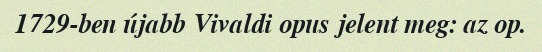
1729-ben újabb Vivaldi opus jelent meg: az op.